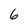
Character: 6